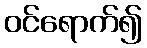
ဝင်ရောက်၍